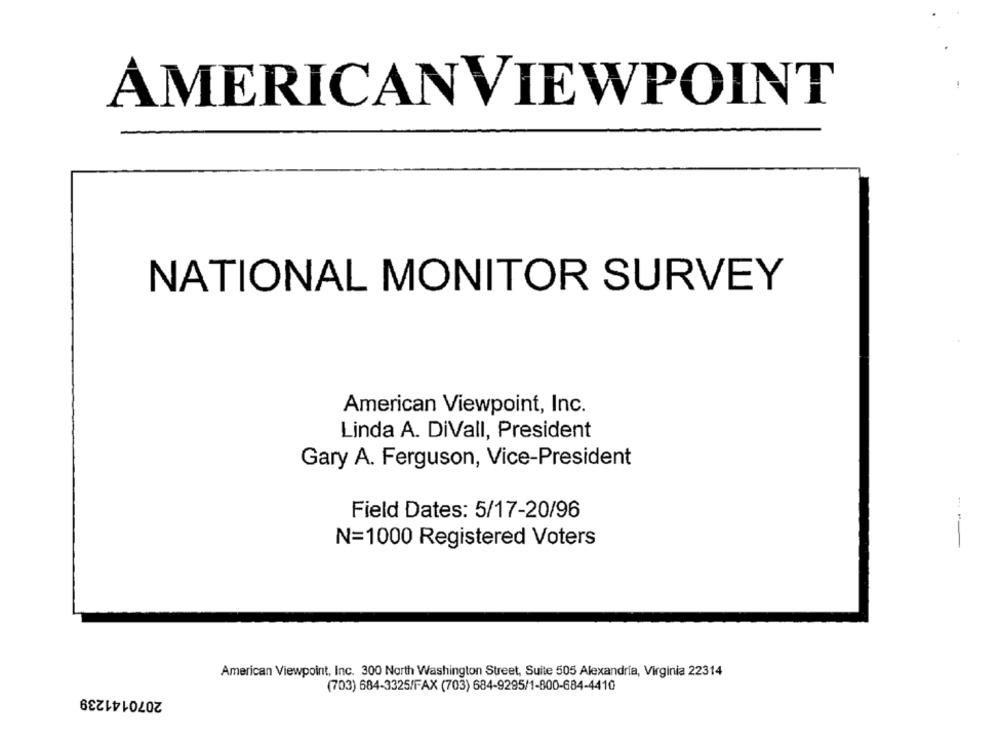
AMERICANVIEWPOINT
NATIONAL MONITOR SURVEY
American Viewpoint, Inc.
Linda A. DiVall, President
Gary A. Ferguson, Vice-President
Field Dates: 5/17-20/96
N=1000 Registered Voters
American Viewpoint, Inc. 300 North Washington Street, Suite 505 Alexandria, Virginia 22314
2070141239
(703) 684-3325/FAX (703) 684-9295/1-800-684-4410